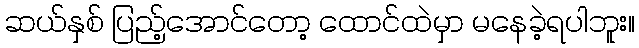
ဆယ်နှစ် ပြည့်အောင်တော့ ထောင်ထဲမှာ မနေခဲ့ရပါဘူး။